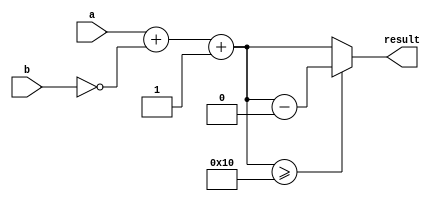
module subtractor(
    input [3:0] a,
    input [3:0] b,
    output reg [3:0] result
);

reg carry;
reg [3:0] sum;

always @ (a or b)
begin
    carry = 1'b1;
    sum = a + (~b) + 1;

    if (sum >= 16)
    begin
        result = sum - 16;
        carry = 1'b0;
    end
    else
    begin
        result = sum;
    end
end

endmodule